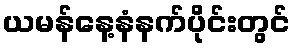
ယမန်နေ့နံနက်ပိုင်းတွင်